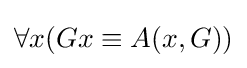
\forall x(Gx\equiv A(x,G))